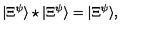
| \Xi ^ { \psi } \rangle \star | \Xi ^ { \psi } \rangle = | \Xi ^ { \psi } \rangle ,